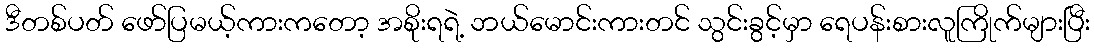
ဒီတစ်ပတ် ဖော်ပြမယ့်ကားကတော့ အစိုးရရဲ့ ဘယ်မောင်းကားတင် သွင်းခွင့်မှာ ရေပန်းစားလူကြိုက်များပြီး